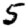
Digit: 5